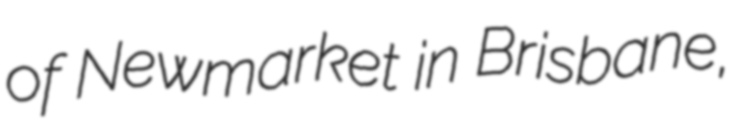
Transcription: of Newmarket in Brisbane,